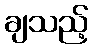
ချသည့်